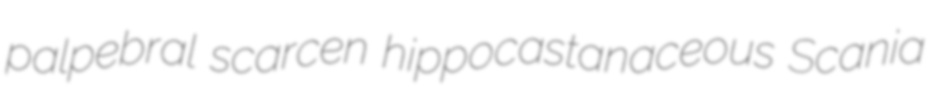
palpebral scarcen hippocastanaceous Scania